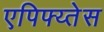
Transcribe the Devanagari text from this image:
एपिफ्य्तेस